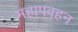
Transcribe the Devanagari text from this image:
महापवहन